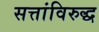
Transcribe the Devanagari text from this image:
सत्तांविरुद्ध